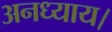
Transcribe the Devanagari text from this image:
अनध्याय।